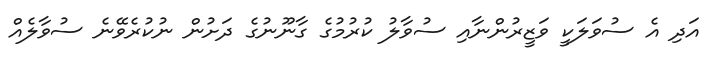
އަދި އެ ސުވަލަކީ ވަޒީރުންނާއި ސުވާލު ކުރުމުގެ ގާނޫނުގެ ދަށުން ނުކުރެވޭނެ ސުވާލެއް